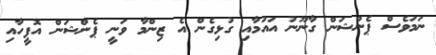
ނަމަވެސް ޕެންޝަން ގާނޫނު އައުމާއި ގުޅިގެން އެ ޒިންމާ ވަނީ ޕެންޝަން އޮފީހާއި